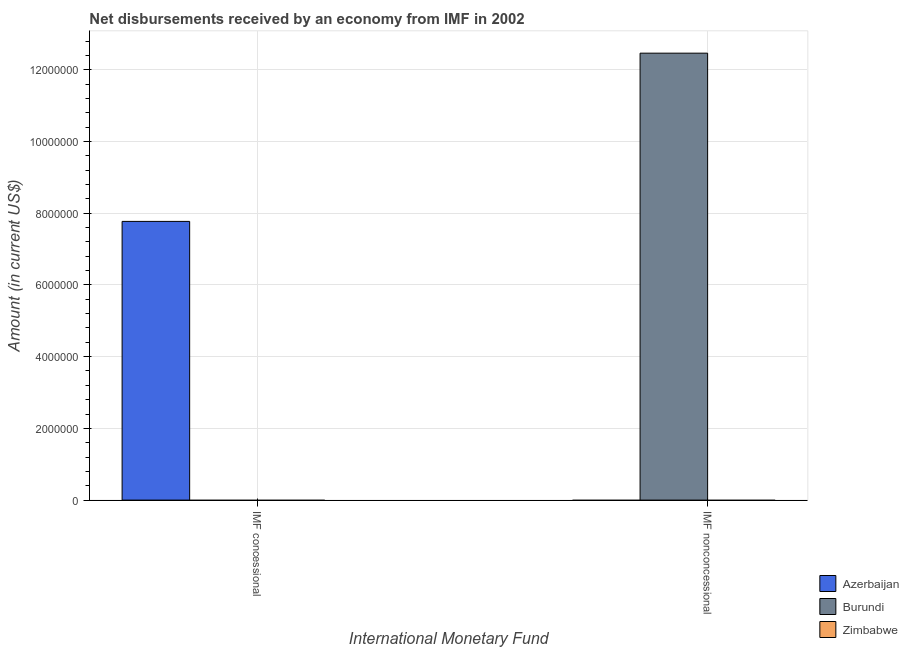
| International Monetary Fund | Azerbaijan | Burundi | Zimbabwe |
 | --- | --- | --- | --- |
 | IMF concessional | 7.77e+06 | -2.5e+06 | -1.1e+06 |
 | IMF nonconcessional | -4.63e+07 | 1.25e+07 | -1.88e+06 |